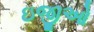
ઇજીઓ